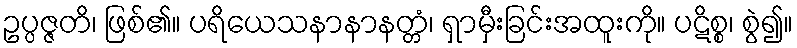
ဥပ္ပဇ္ဇတိ၊ ဖြစ်၏။ ပရိယေသနာနာနတ္တံ၊ ရှာမှီးခြင်းအထူးကို။ ပဋိစ္စ၊ စွဲ၍။